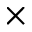
\times